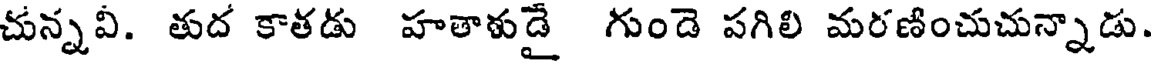
చున్నవీ. తుద కాతడు హతాళుడై గుండె పగిలి మరణించుచున్నాడు.